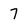
Character: 7